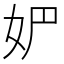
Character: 𰋻